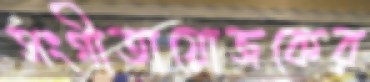
সংগীতায়োজকের